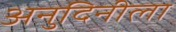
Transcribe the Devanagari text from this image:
अनुदिनीला